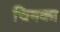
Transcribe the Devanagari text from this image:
चिनका